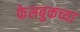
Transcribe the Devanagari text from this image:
फेसबुकच्या